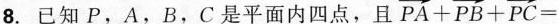
8.已知P，A，B，C是平面内四点，且 $$\overrightarrow { P A } +